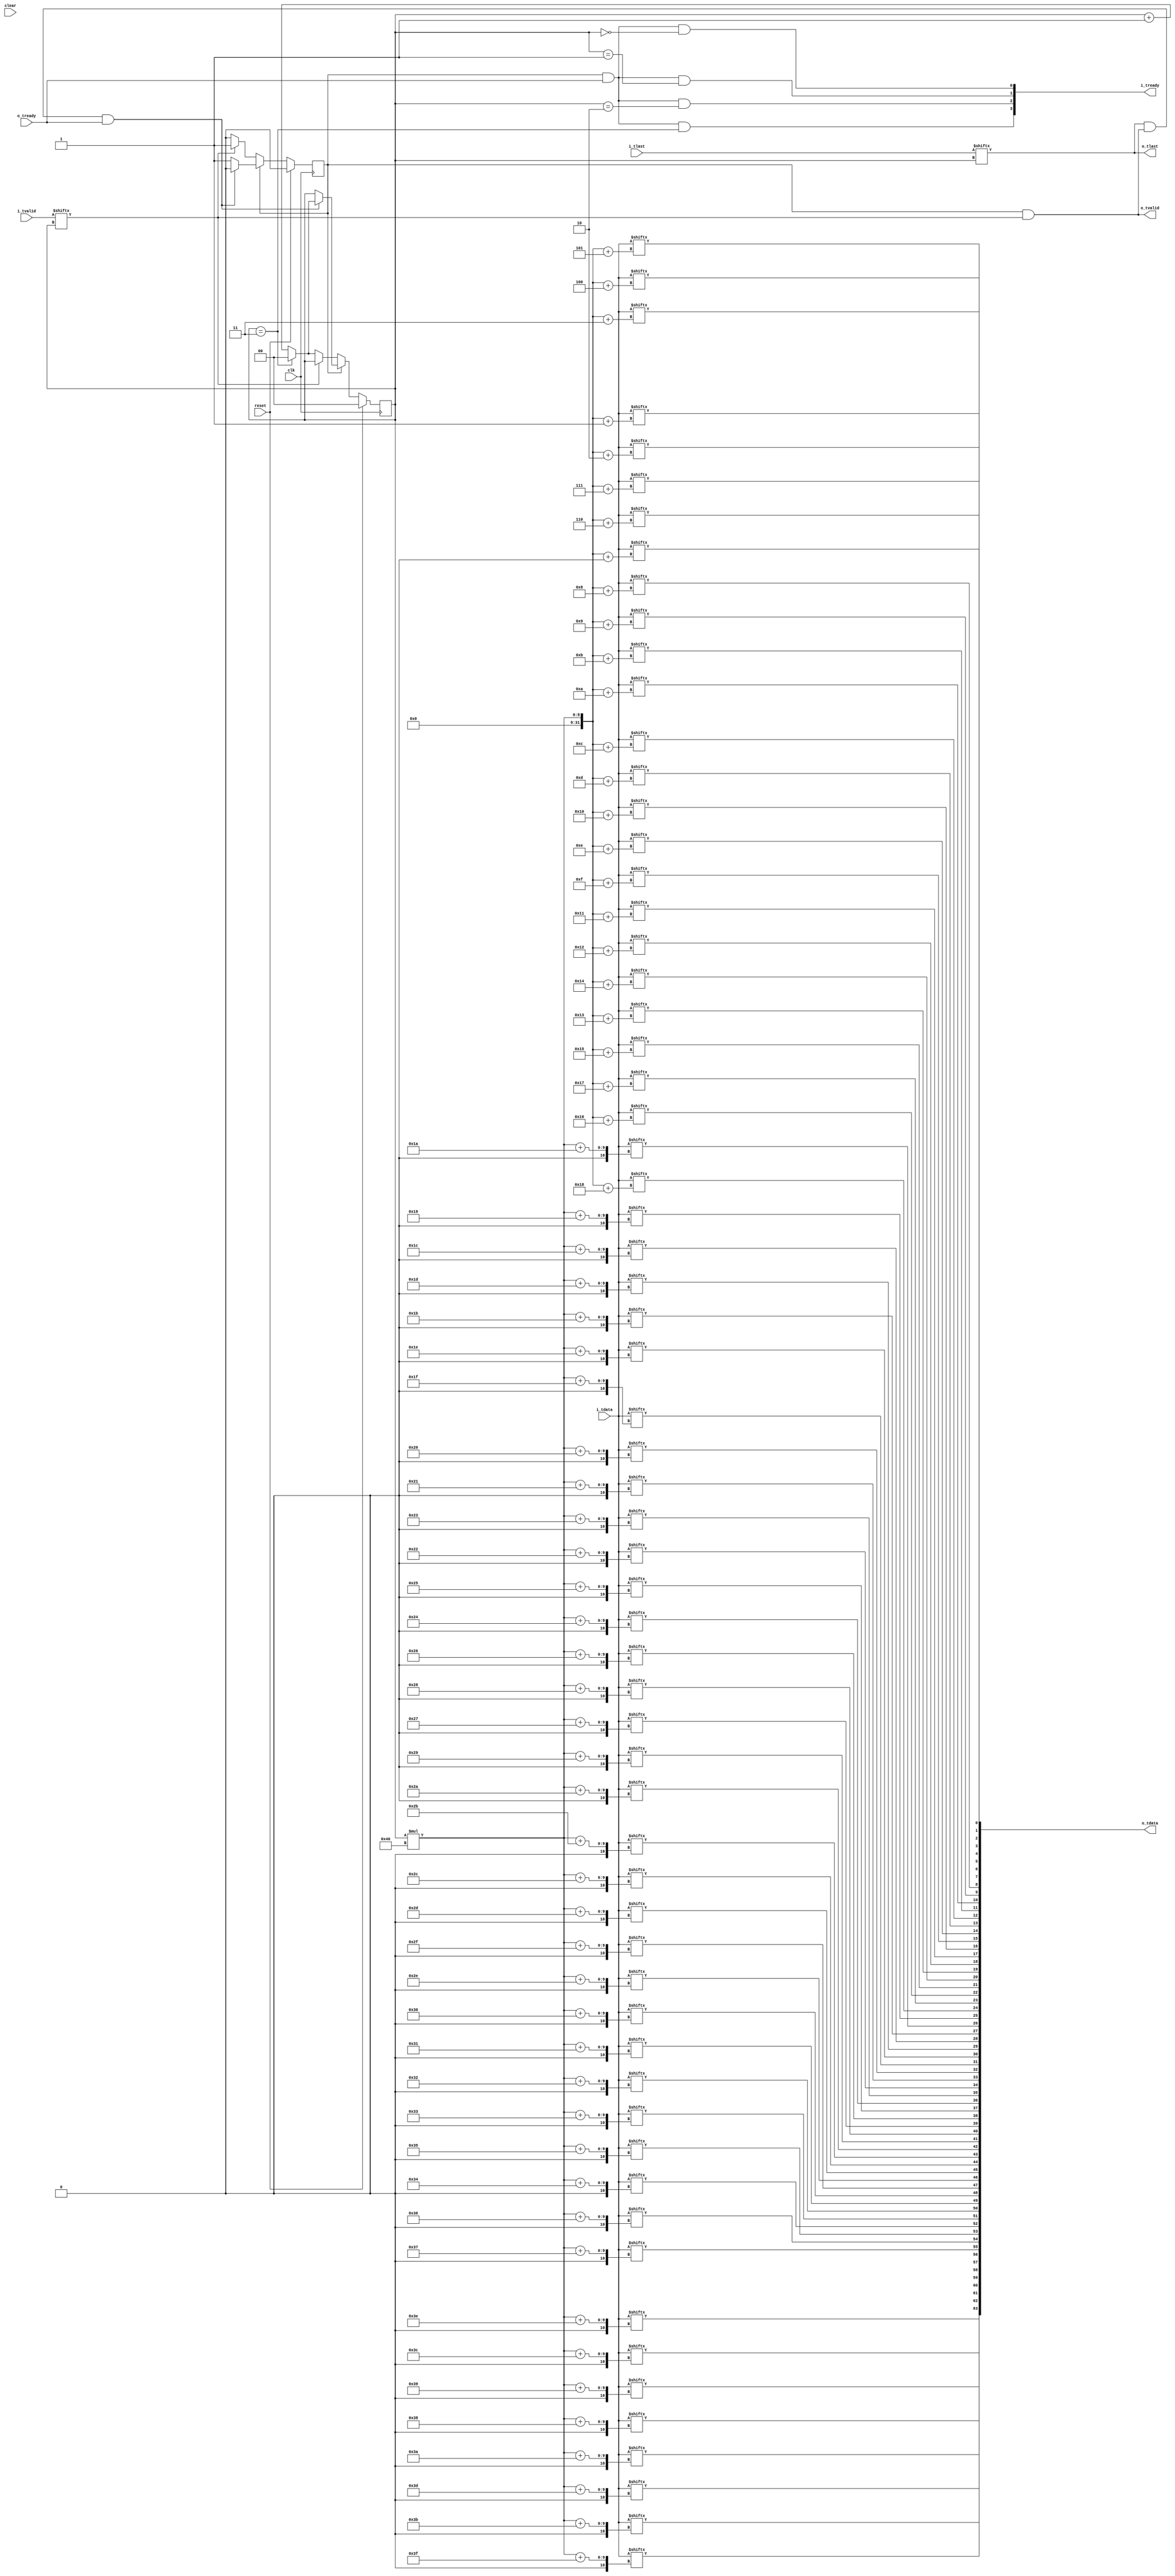

// Copyright 2016 Ettus Research
// Copyright 2018 Ettus Research, a National Instruments Company
//
// SPDX-License-Identifier: LGPL-3.0-or-later

// axi_mux -- takes arbitrary number of AXI stream, merges them to 1 output channel
// Round-robin if PRIO=0, priority if PRIO=1 (lower number ports get priority)
// Bubble cycles are inserted after each packet

module axi_mux
  #(parameter PRIO=0,
    parameter WIDTH=64,
    parameter PRE_FIFO_SIZE=0,
    parameter POST_FIFO_SIZE=0,
    parameter SIZE=4)
   (input clk, input reset, input clear,
    input [(WIDTH*SIZE)-1:0] i_tdata, input [SIZE-1:0] i_tlast, input [SIZE-1:0] i_tvalid, output [SIZE-1:0] i_tready,
    output [WIDTH-1:0] o_tdata, output o_tlast, output o_tvalid, input o_tready);

   wire [WIDTH*SIZE-1:0] i_tdata_int;
   wire [SIZE-1:0] i_tlast_int, i_tvalid_int, i_tready_int;

   wire [WIDTH-1:0] o_tdata_int;
   wire o_tlast_int, o_tvalid_int, o_tready_int;

   reg [$clog2(SIZE)-1:0] 	       st_port;
   reg 		       st_active;

  genvar n;
  generate
    if (PRE_FIFO_SIZE == 0) begin
      assign i_tdata_int  = i_tdata;
      assign i_tlast_int  = i_tlast;
      assign i_tvalid_int = i_tvalid;
      assign i_tready     = i_tready_int;
    end else begin
      for (n = 0; n < SIZE; n = n + 1) begin
        axi_fifo #(.WIDTH(WIDTH+1), .SIZE(PRE_FIFO_SIZE)) axi_fifo (
          .clk(clk), .reset(reset), .clear(clear),
          .i_tdata({i_tlast[n],i_tdata[WIDTH*(n+1)-1:WIDTH*n]}), .i_tvalid(i_tvalid[n]), .i_tready(i_tready[n]),
          .o_tdata({i_tlast_int[n],i_tdata_int[WIDTH*(n+1)-1:WIDTH*n]}), .o_tvalid(i_tvalid_int[n]), .o_tready(i_tready_int[n]),
          .space(), .occupied());
      end
    end
  endgenerate

   always @(posedge clk)
     if(reset)
       begin
	  st_port <= 0;
	  st_active <= 1'b0;
       end
     else
       if(st_active)
	 begin
	    if(o_tlast_int & o_tvalid_int & o_tready_int)
	      begin
		 st_active <= 1'b0;
		 if((PRIO != 0) | (st_port == (SIZE-1)))
		   st_port <= 0;
		 else
		   st_port <= st_port + 1;
	      end
	 end // if (st_active)
       else
	 if(i_tvalid_int[st_port])
	   st_active <= 1'b1;
	 else
	   if(st_port == (SIZE-1))
	     st_port <= 0;
	   else
	     st_port <= st_port + 1;
   
   genvar 		 i;
   generate
      for(i=0;i<SIZE;i=i+1)
	begin : gen1
	   assign i_tready_int[i] = st_active & o_tready_int & (st_port == i);
	end
   endgenerate

   assign o_tvalid_int = st_active & i_tvalid_int[st_port];
   assign o_tlast_int = i_tlast_int[st_port];

   genvar 		 j;
   generate
      for (j=0;j<WIDTH;j=j+1)
	begin : gen2
	   assign o_tdata_int[j] = i_tdata_int[st_port*WIDTH+j];
	end
   endgenerate
   
   generate
      if(POST_FIFO_SIZE == 0)
	begin
	   assign o_tdata = o_tdata_int;
	   assign o_tlast = o_tlast_int;
	   assign o_tvalid = o_tvalid_int;
	   assign o_tready_int = o_tready;
	end
      else
	axi_fifo #(.WIDTH(WIDTH+1),.SIZE(POST_FIFO_SIZE)) axi_fifo
	  (.clk(clk), .reset(reset), .clear(clear),
	   .i_tdata({o_tlast_int,o_tdata_int}), .i_tvalid(o_tvalid_int), .i_tready(o_tready_int),
	   .o_tdata({o_tlast,o_tdata}), .o_tvalid(o_tvalid), .o_tready(o_tready),
	   .space(), .occupied());
   endgenerate
   
endmodule // axi__mux